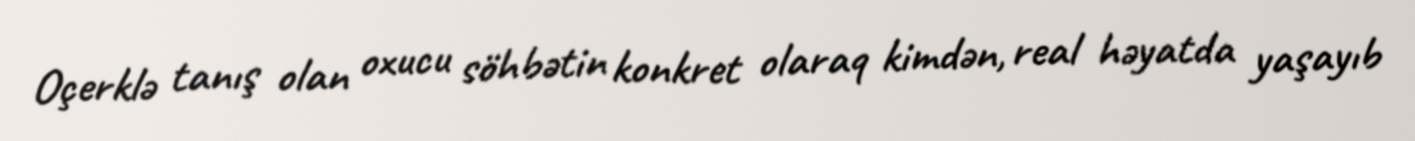
Oçerklə tanış olan oxucu söhbətin konkret olaraq kimdən, real həyatda yaşayıb